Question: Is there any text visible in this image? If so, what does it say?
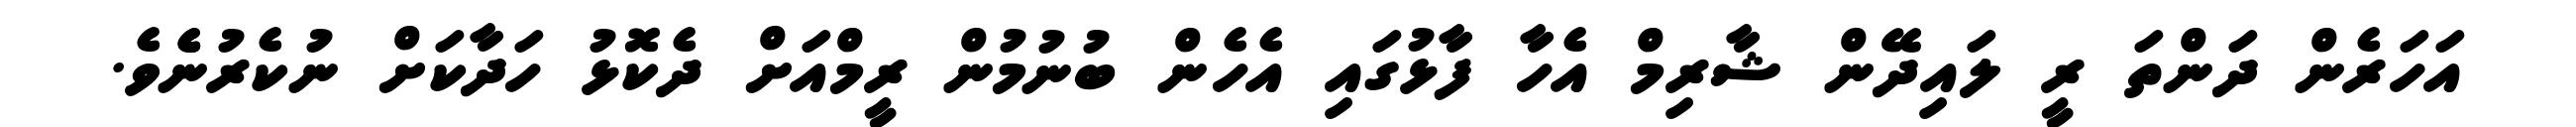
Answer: އަހަރެން ދަންތަ ރީ ލައިދޭން ޝާރިމް އެހާ ފާޅުގައި އެހެން ބުނުމުން ރީމްއަށް ދެކޮޅު ހަދާކަށް ނުކެރުނެެވެ.